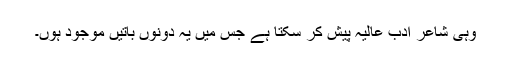
وہی شاعر ادب عالیہ پیش کر سکتا ہے جس میں یہ دونوں باتیں موجود ہوں۔